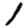
Digit: 1